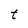
Character: t